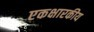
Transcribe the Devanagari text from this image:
एकक्षारकीय